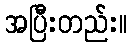
အပြီးတည်း။